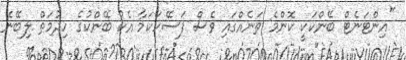
"އިންޓަނެޓް ބޭންކަކީ ކޮންމެ ތަނެއްގައި ވެސް ފަސޭހަކަމާ އެކު ބޭންކުގެ ހިދުމަތް ލިބޭނެ